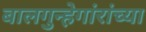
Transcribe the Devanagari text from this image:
बालगुन्हेगांरांच्या